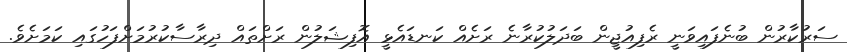
ސަރުކާރުން ބުނެފައިވަނީ ރެފިއުޖީން ބަދަލުކުރާނެ ރަށެއް ކަނޑައެޅީ އޮފިޝަލުން ރަށްތައް ދިރާސާކުރުމަށްފަހުގައި ކަމަށެވެ.